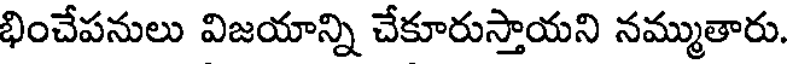
భించేపనులు విజయాన్ని చేకూరుస్తాయని నమ్ముతారు.